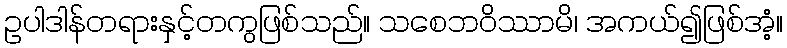
ဥပါဒါန်တရားနှင့်တကွဖြစ်သည်။ သစေဘဝိဿာမိ၊ အကယ်၍ဖြစ်အံ့။